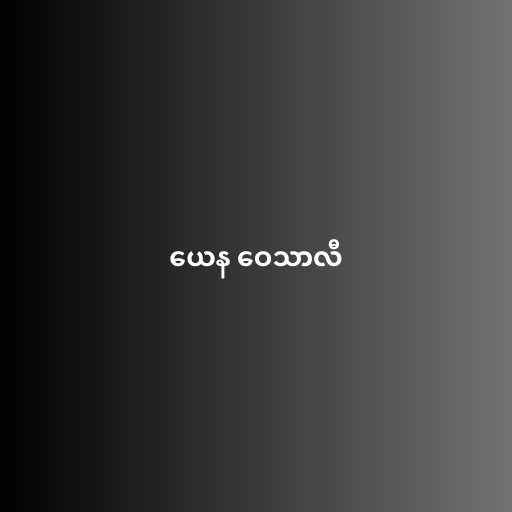
ယေန ဝေသာလီ